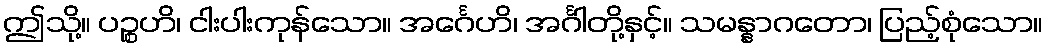
ဤသို့။ ပဉ္စဟိ၊ ငါးပါးကုန်သော။ အင်္ဂေဟိ၊ အင်္ဂါတို့နှင့်။ သမန္နာဂတော၊ ပြည့်စုံသော။